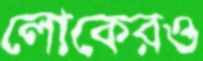
লোকেরও